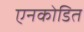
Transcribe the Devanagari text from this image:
एनकोडित